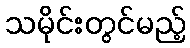
သမိုင်းတွင်မည့်